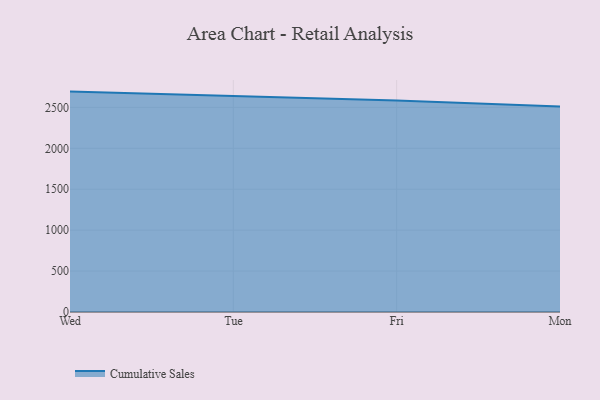
{"axis": {"x": "Day", "y": "Demand Index"}, "legend": ["Cumulative Sales"], "data": [{"x": "Wed", "y": 2692.7, "type": "Cumulative Sales"}, {"x": "Tue", "y": 2636.2, "type": "Cumulative Sales"}, {"x": "Fri", "y": 2584.7, "type": "Cumulative Sales"}, {"x": "Mon", "y": 2510.5, "type": "Cumulative Sales"}]}